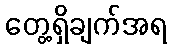
တွေ့ရှိချက်အရ